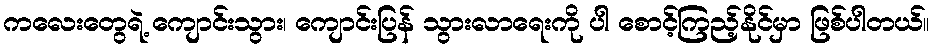
ကလေးတွေရဲ့ ကျောင်းသွား၊ ကျောင်းပြန် သွားလာရေးကို ပါ စောင့်ကြည့်နိုင်မှာ ဖြစ်ပါတယ်။